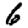
Digit: 6